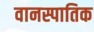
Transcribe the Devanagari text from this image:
वानस्पातिक